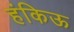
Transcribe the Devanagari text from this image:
हंकिऊ